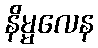
နိမ္မလေန